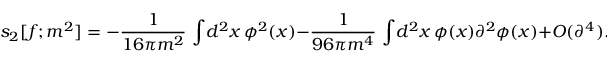
s _ { 2 } [ f ; m ^ { 2 } ] = - { \frac { 1 } { 1 6 \pi m ^ { 2 } } } \, \int \! d ^ { 2 } x \, \phi ^ { 2 } ( x ) - { \frac { 1 } { 9 6 \pi m ^ { 4 } } } \, \int \! d ^ { 2 } x \, \phi ( x ) \partial ^ { 2 } \phi ( x ) + { \cal O } ( \partial ^ { 4 } ) .